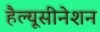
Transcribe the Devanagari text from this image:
हैल्यूसीनेशन